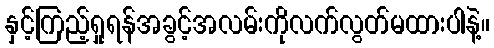
နှင့်ကြည့်ရှုရန်အခွင့်အလမ်းကိုလက်လွတ်မထားပါနဲ့။